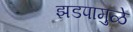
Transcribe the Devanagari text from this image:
झडपामुळे